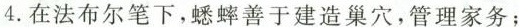
4.在法布尔笔下，蟋蟀善于建造巢穴，管理家务；